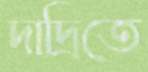
দাদ্রিতে